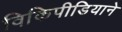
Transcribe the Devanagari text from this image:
विकिपीडियाने